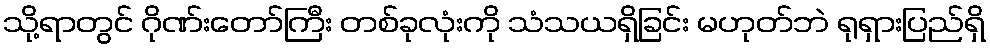
သို့ရာတွင် ဂိုဏ်းတော်ကြီး တစ်ခုလုံးကို သံသယရှိခြင်း မဟုတ်ဘဲ ရုရှားပြည်ရှိ